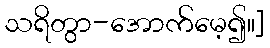
သရိတွာ-အောက်မေ့၍။]